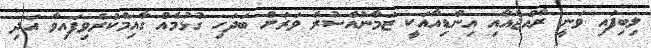
ލިބިފައި ވަނީ ރާއްޖެއާއި އިންޑިއާއަކީ ޒަމާނުއްސުރެ ވަރަށް ބަދަހި ގުޅުމެއް ގާއިމްކުރެވިފައިވާ އަދި